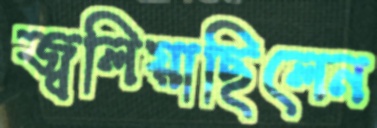
জ্বলিয়াছিলেন